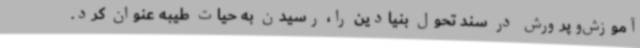
آموزش‌وپرورش در سند تحول بنیادین را، رسیدن به حیات طیبه عنوان کرد.